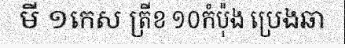
មី ១កេស ត្រីខ ១០កំប៉ុង ប្រេងឆា